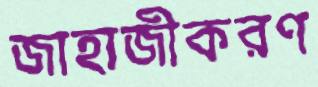
জাহাজীকরণ